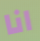
انا